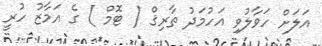
އަލަށް ހަވާލުވި އަހުމަދު ތާރިޤް ( ޓޮމް ) ގެ އަމާޒު ހުރީ